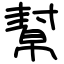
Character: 幫